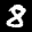
Label: 8